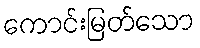
ကောင်းမြတ်သော